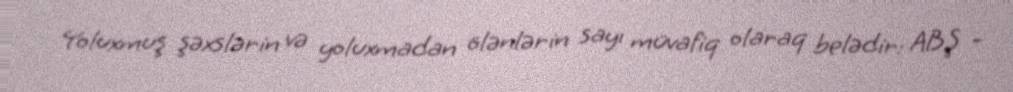
Yoluxmuş şəxslərin və yoluxmadan ölənlərin sayı müvafiq olaraq belədir: ABŞ -